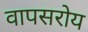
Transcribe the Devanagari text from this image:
वापसरोय